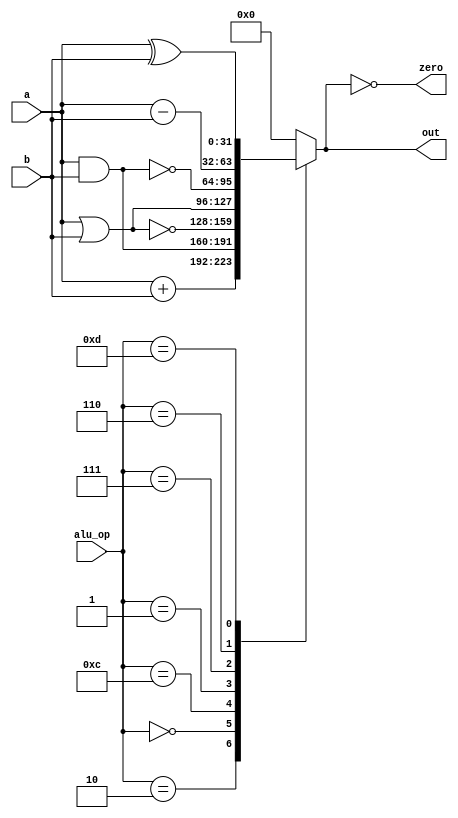
module alu(
	input		[3:0]	alu_op,
		input		[31:0]	a, b,
		output reg	[31:0]	out,
		output	reg	zero);

	wire [31:0] sub_ab;
	wire [31:0] add_ab;

	assign zero = (0 == out);  //zero flag

	assign sub_ab = a - b;
	assign add_ab = a + b;


	always @(*) begin
		case (alu_op)
			4'd2:  out <= add_ab;				/* add */
			4'd0:  out <= a & b;				/* and */
			4'd12: out <= ~(a | b);				/* nor */
			4'd1:  out <= a | b;				/* or */
			4'd7:  out <= ~(a & b);	       			 /* nand */ 
			4'd6:  out <= sub_ab;				/* sub */
			4'd13: out <= a ^ b;				/* xor */
			default: out <= 0;
		endcase
	end

endmodule